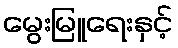
မွေးမြူရေးနှင့်